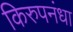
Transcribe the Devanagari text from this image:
किरुपनंधा